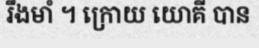
រឹងមាំ ។ ក្រោយ យោគី បាន